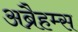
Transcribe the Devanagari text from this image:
अब्रैहम्स